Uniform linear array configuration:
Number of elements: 48
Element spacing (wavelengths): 0.75
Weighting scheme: blackman
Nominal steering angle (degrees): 30
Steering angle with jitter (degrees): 31.432
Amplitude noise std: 0.05
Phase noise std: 0.05

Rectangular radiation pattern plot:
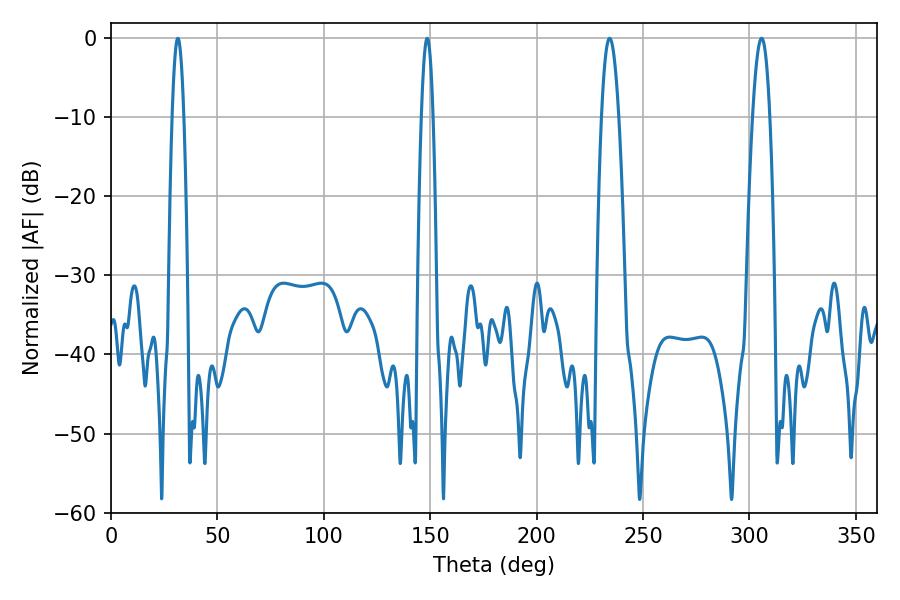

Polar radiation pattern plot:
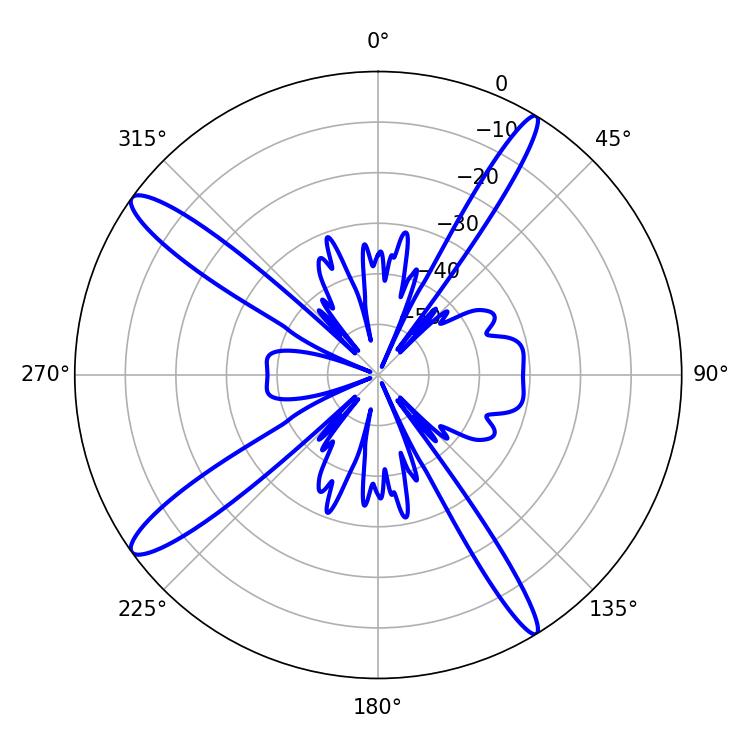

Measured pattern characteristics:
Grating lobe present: TRUE
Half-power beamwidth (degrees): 4.32
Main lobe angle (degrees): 305.64